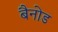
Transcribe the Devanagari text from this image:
बैनोड